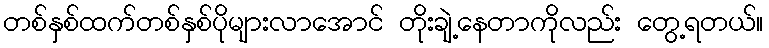
တစ်နှစ်ထက်တစ်နှစ်ပိုများလာအောင် တိုးချဲ့နေတာကိုလည်း တွေ့ရတယ်။